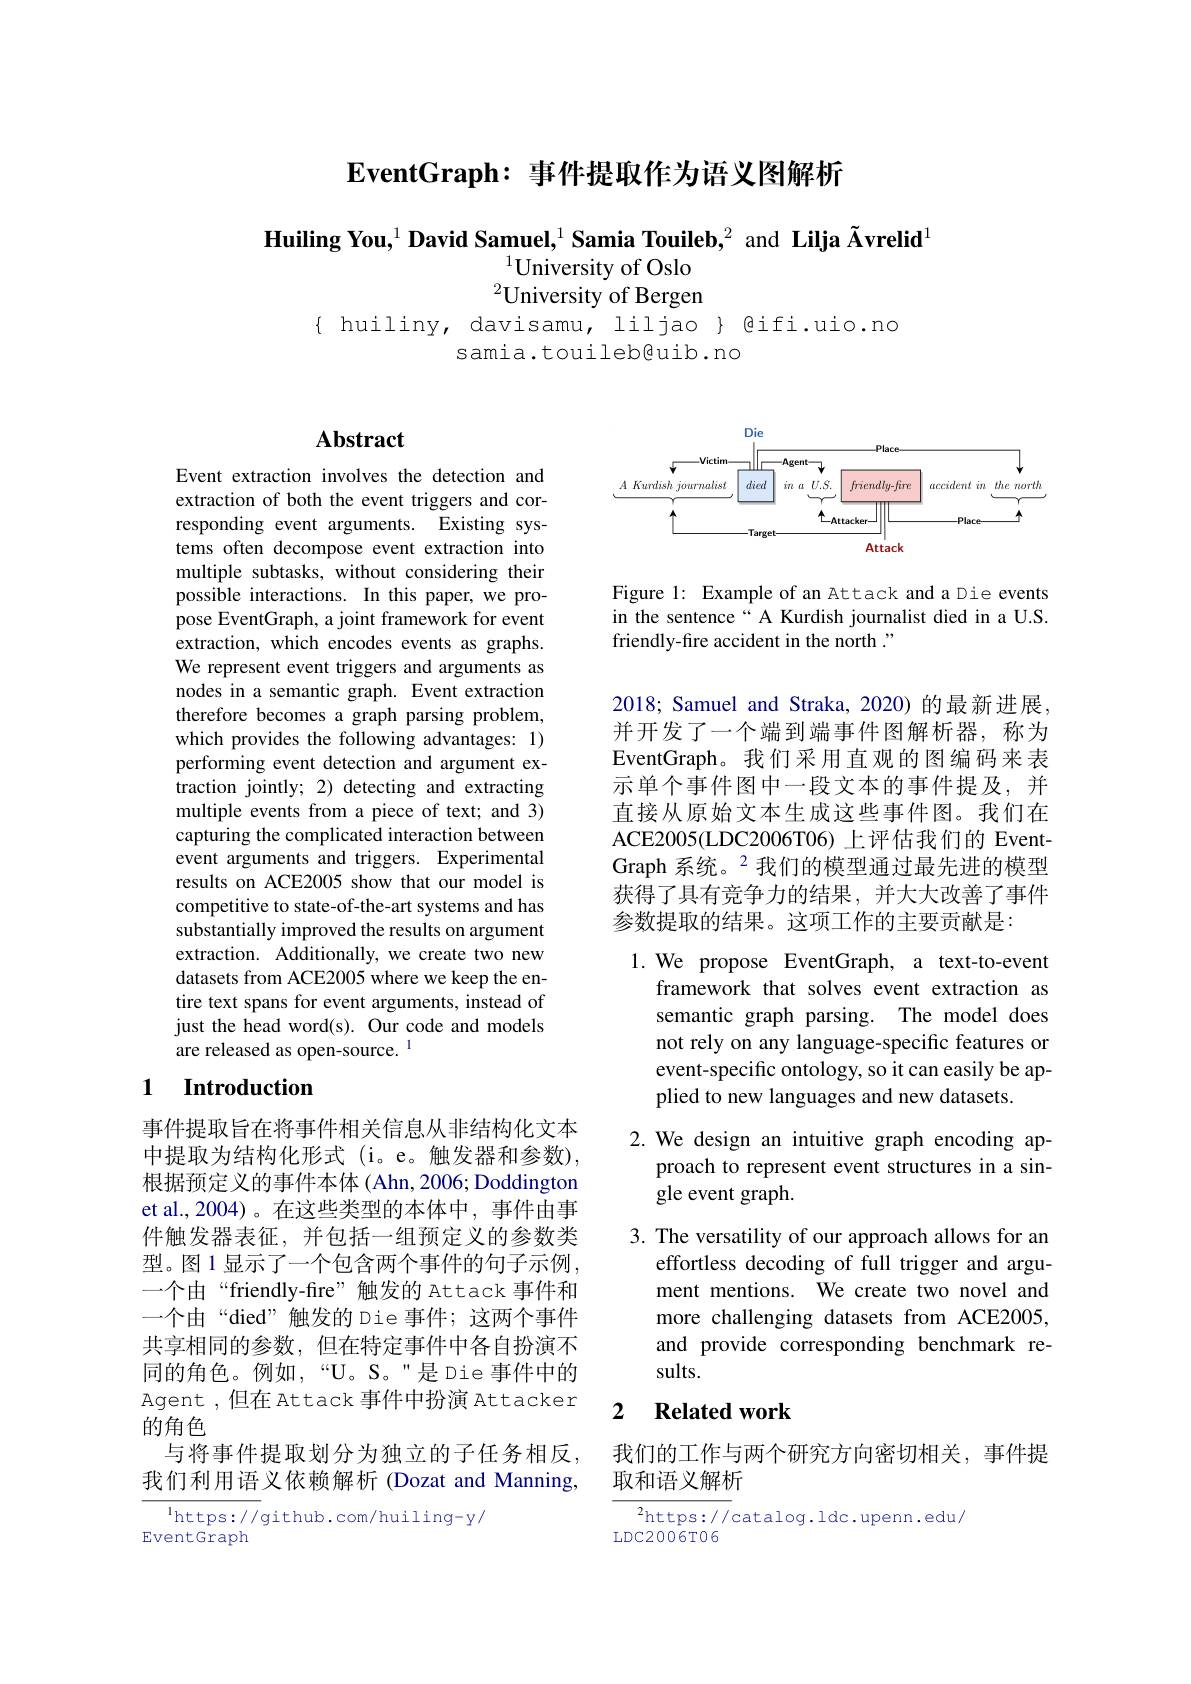
$\textbf{EventGraph: 事 件 提 取 作 为 语 义 图 解 析 }$

$\textbf{Huiling You,}^{1}\textbf{David Samuel,}^{1}\textbf{Samia Touileb,}^{2}$ and Lilja Õrelid$^1$
$^{1}$University of Oslo $^2$University of Bergen
{ huiliny, davisamu, liljao } gifi.uio.no
samia.touileb@uib.no

# Abstract

Event extraction involves the detection and extraction of both the event triggers and corresponding event arguments. Existing systems often decompose event extraction into multiple subtasks, without considering their possible interactions. In this paper, we propose EventGraph, a joint framework for event extraction, which encodes events as graphs. We represent event triggers and arguments as nodes in a semantic graph. Event extraction therefore becomes a graph parsing problem, which provides the following advantages: 1) performing event detection and argument extraction jointly; 2) detecting and extracting multiple events from a piece of text; and 3) capturing the complicated interaction between event arguments and triggers. Experimental results on ACE2005 show that our model is competitive to state-of-the-art systems and has substantially improved the results on argument extraction. Additionally, we create two new datasets from ACE2005 where we keep the entire text spans for event arguments, instead of just the head word(s). Our code and models are released as open-source. $^{1}$

### 1 Introduction

事件提取旨在将事件相关信息从非结构化文本中提取为结构化形式(i。e。触发器和参数), 根据预定义的事件本体(Ahn,2006;Doddington et al.,2004)。在这些类型的本体中，事件由事件触发器表征，并包括一组预定义的参数类型。图1显示了一个包含两个事件的句子示例， 一个由“friendly-fire”触发的 Attack 事件和一个由“died”触发的 Die 事件；这两个事件共享相同的参数，但在特定事件中各自扮演不同的角色。例如，“U。S。”是 Die 事件中的Agent ,但在 Attack 事件中扮演 Attacker 的角色
与将事件提取划分为独立的子任务相反， 我们利用语义依赖解析(Dozat and Manning,

$^{1}$https://github.com/huiling-y/
EventGraph

<FigureHere>

Figure 1: Example of an Attack and a Die events in the sentence“ A Kurdish journalist died in a U.S. friendly-fire accident in the north $.”$

2018; Samuel and Straka, 2020) 的最新进展， 并开发了一个端到端事件图解析器，称为EventGraph。我们采用直观的图编码来表示单个事件图中一段文本的事件提及，并直接从原始文本生成这些事件图。我们在ACE2005(LDC2006T06) 上评估我们的 EventGraph 系统。2 我们的模型通过最先进的模型获得了具有竞争力的结果，并大大改善了事件参数提取的结果。这项工作的主要贡献是：

1.We propose EventGraph, a text-to-event
framework that solves event extraction as semantic graph parsing. The model does not rely on any language-specific features or event-specific ontology, so it can easily be applied to new languages and new datasets.

2.We design an intuitive graph encoding ap-
proach to represent event structures in a sin-
gle event graph.

3. The versatility of our approach allows for an
effortless decoding of full trigger and argument mentions. We create two novel and more challenging datasets from ACE2005, and provide corresponding benchmark results.

### 2 $\textbf{Related work}$

我们的工作与两个研究方向密切相关，事件提
取和语义解析

$\begin{array}{c}{{^{2}\mathrm{https://}}}&{{^{2}\mathrm{https://}}}&{{\mathrm{catalog.ldc.upenn.edu/}}}\\&{{\mathrm{LDC2006T06}}}\end{array}$